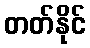
တတ်နိုင်